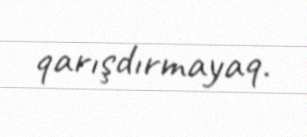
qarışdırmayaq.